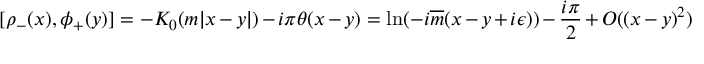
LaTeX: [ \rho _ { - } ( x ) , \phi _ { + } ( y ) ] = - K _ { 0 } ( m | x - y | ) - i \pi \theta ( x - y ) = \ln ( - i \overline { { { m } } } ( x - y + i \epsilon ) ) - \frac { i \pi } { 2 } + O ( ( x - y ) ^ { 2 } ) \,